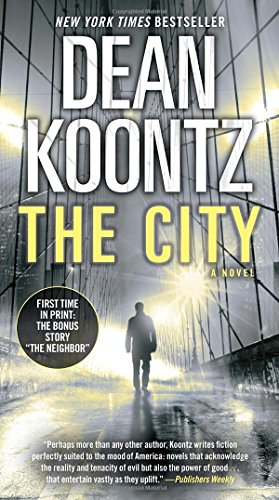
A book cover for The City (with bonus short story The Neighbor): A Novel; Dean Koontz; Romance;